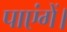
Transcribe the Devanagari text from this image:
पाएंगें।